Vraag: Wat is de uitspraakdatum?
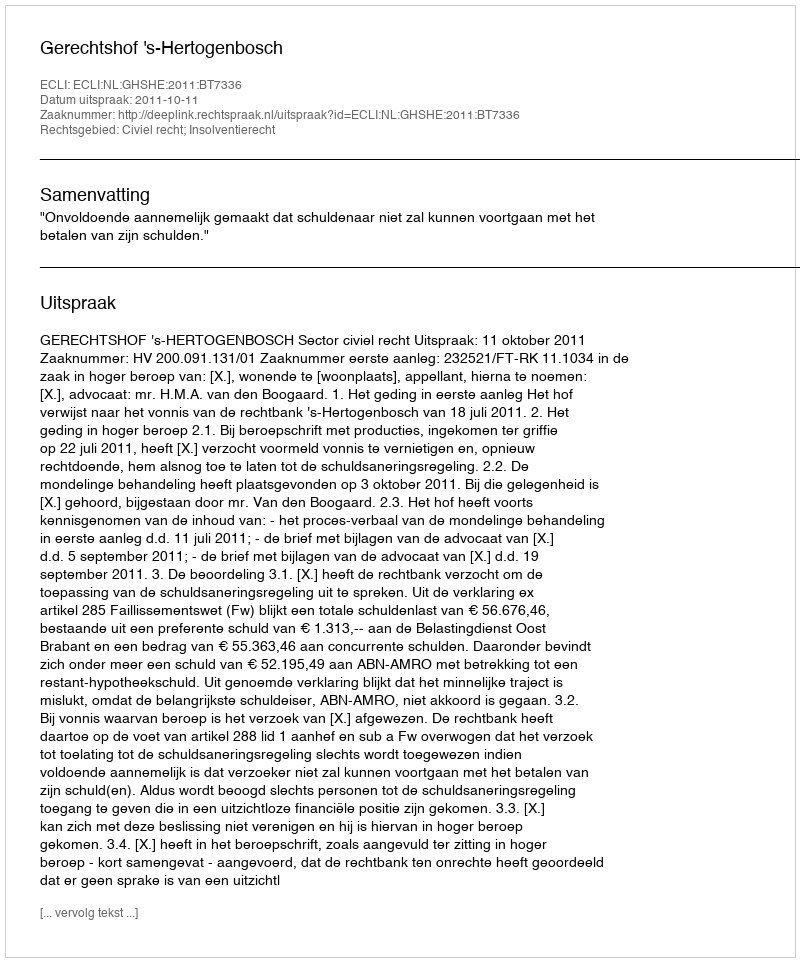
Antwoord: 2011-10-11